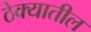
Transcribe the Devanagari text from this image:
ठेक्‍यातील